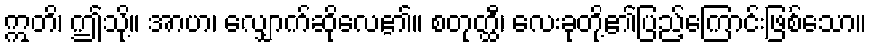
ဣတိ၊ ဤသို့။ အာဟ၊ လျှောက်ဆိုလေ၏။ စတုတ္ထီ၊ လေးခုတို့၏ပြည့်ကြောင်းဖြစ်သော။